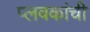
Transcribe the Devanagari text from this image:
प्लवकांची